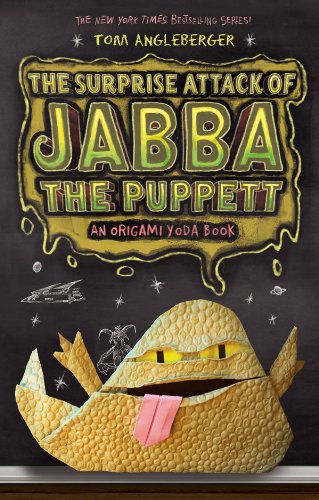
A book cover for Surprise Attack of Jabba the Puppett (Origami Yoda); Tom Angleberger; Crafts, Hobbies & Home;